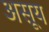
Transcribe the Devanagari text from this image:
असूय